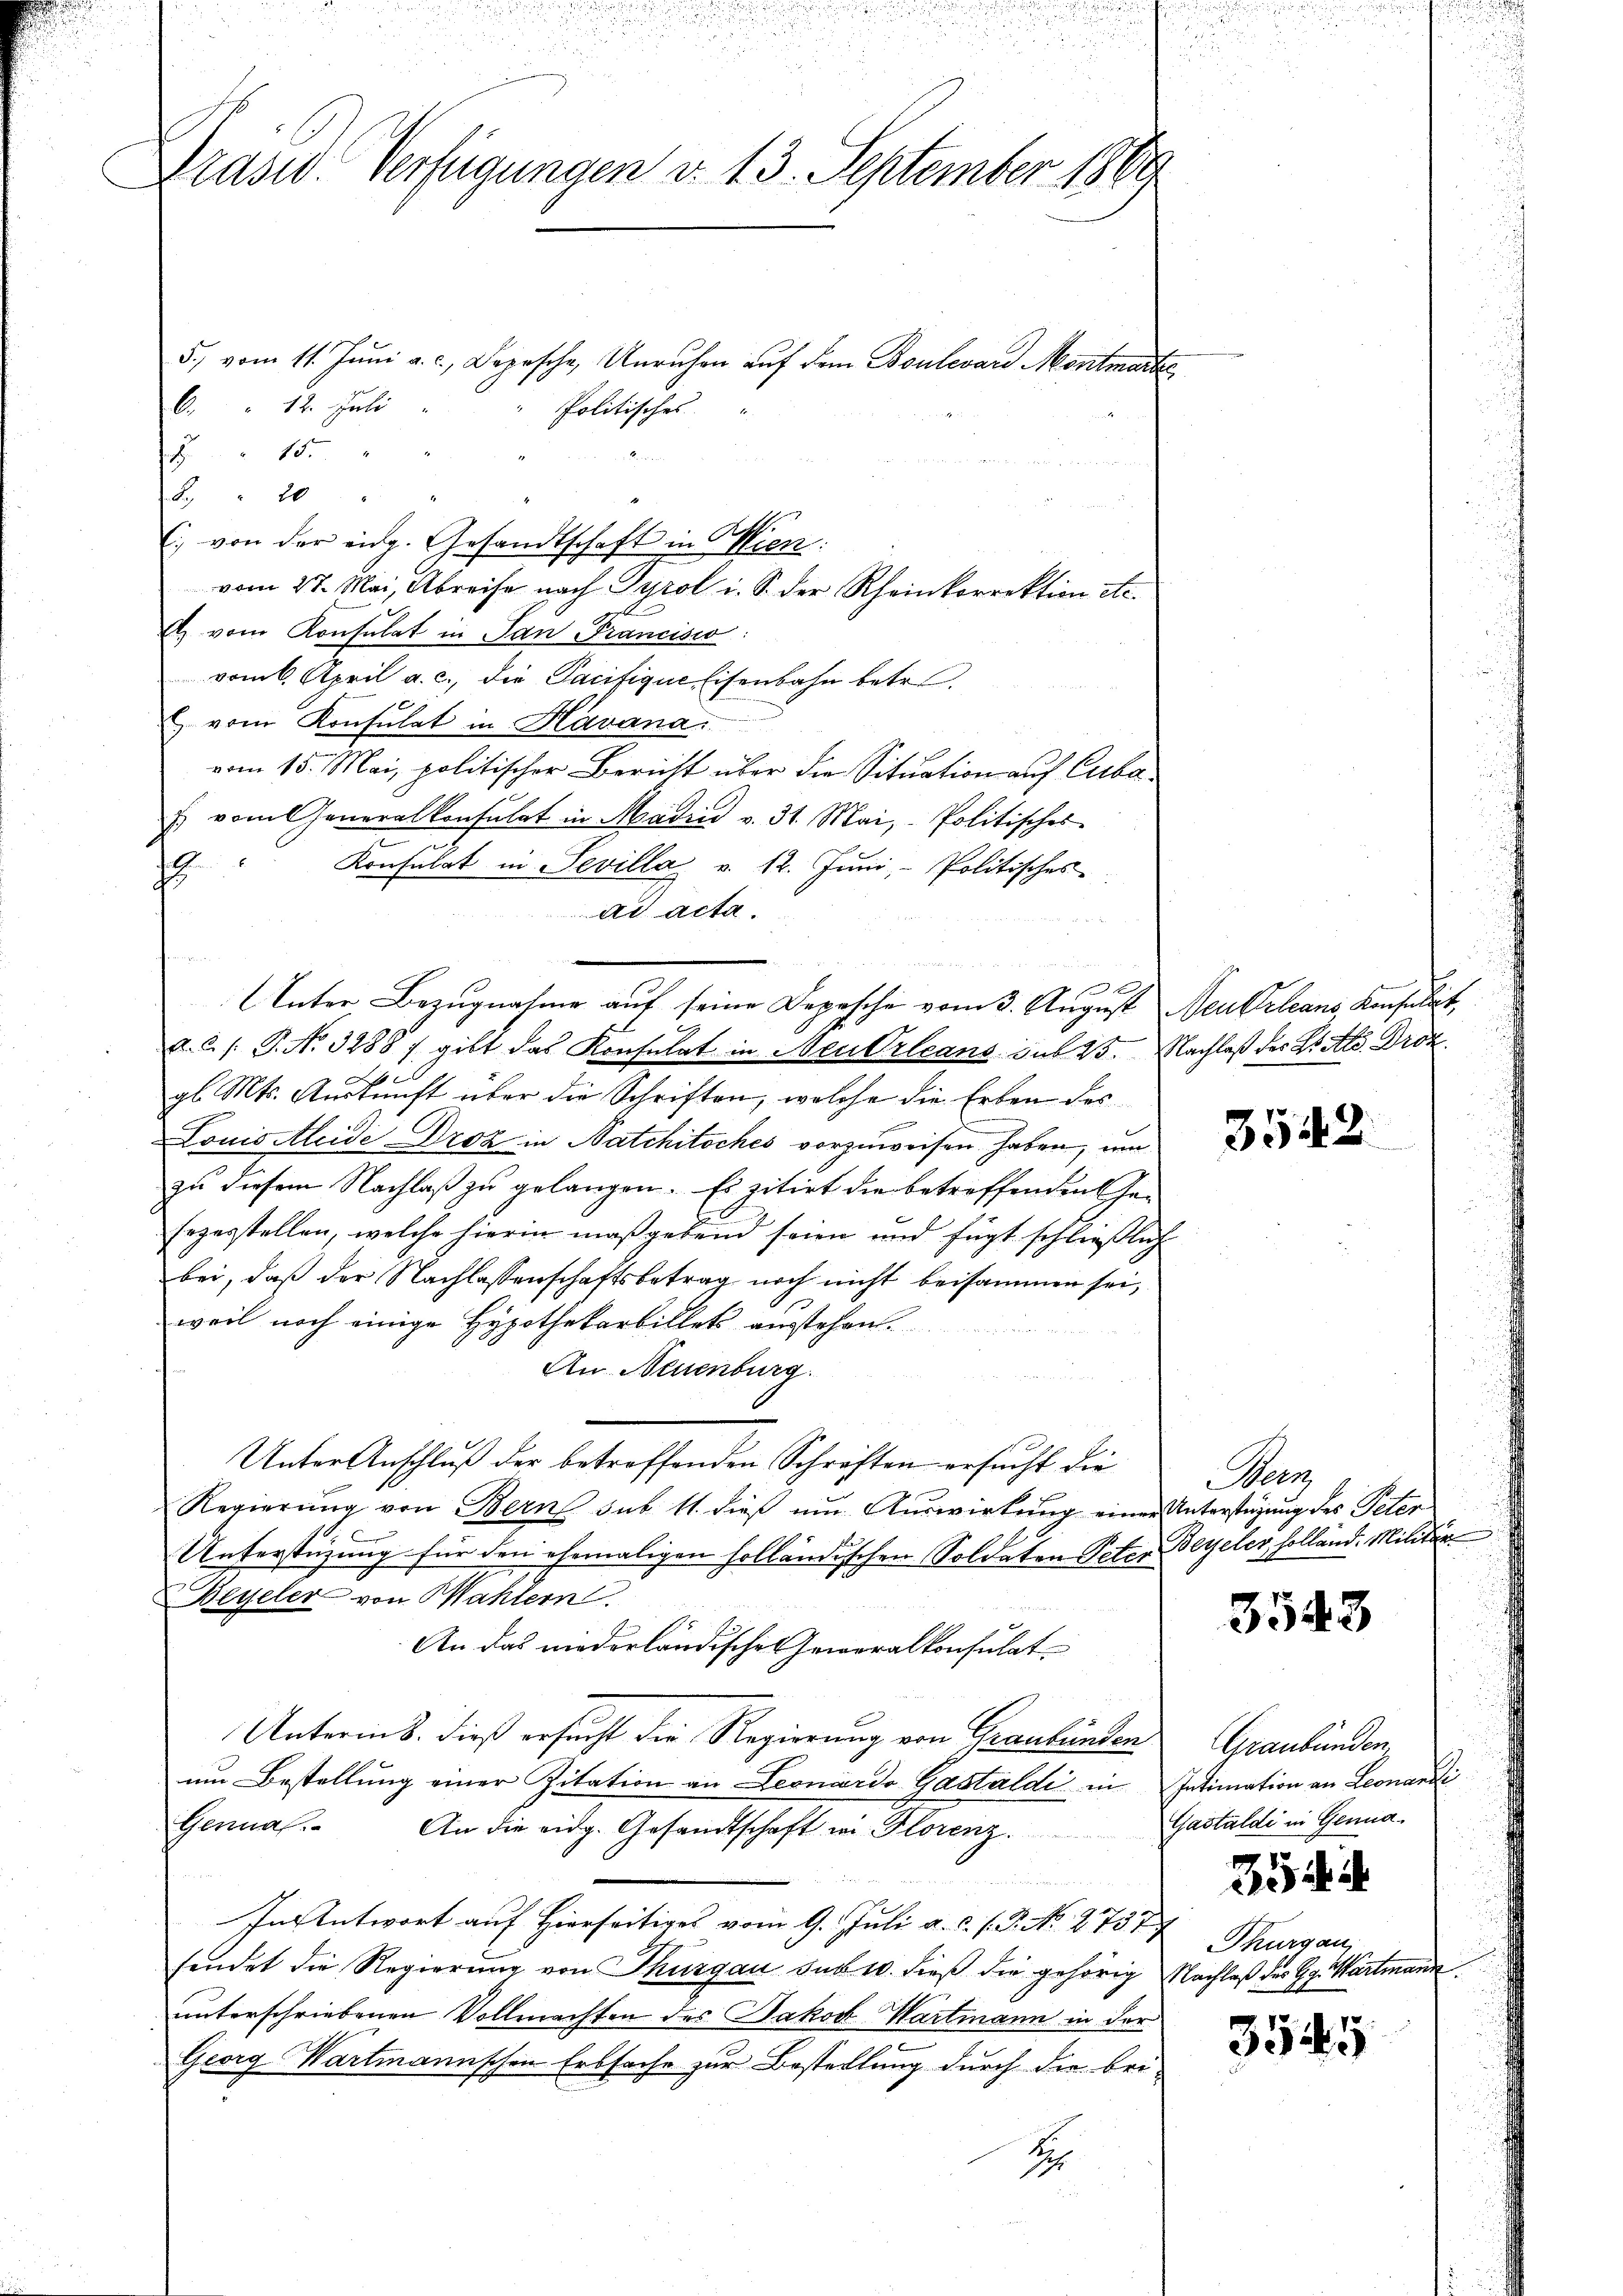
¬
Prasiv. Verfügungen d. 13. September 1869

5., vom 11. Jŭni a. c. Depesche Unruhen auf dem Boulevard Montmarte
6. " 12. Juli
Politisches
 15.
B. 20
vom 27. Mai, Abreise nach Gyrol i. S. der Rheinkorrektion etc.
E. vom Konsulat in San Francisio:
vom 6. April a. c. die Pacifique Eisenbahn betr.
 vom Konsulat in Havana
vom 15. Mai, politischer Bericht über die Situation auf Cuba¬
 vom Generalkonsulat in Madin v. 31. Mai, Politisches
Konsulat in Sevilla v. 12. Juni, - Politisches
E
ad acta.
x
Unter Bezugnahme auf seine Depesche vom 3. August Neukrleans, Konsultat,
6/. P. No. 3288 / gibt das Konsulat in Neu Orleans sub 25. Nachlaß des Ziels. Drok
d
gl. Mts. Auskunft über die Schriften, welche die Erben des
Louis leide Droz in Natchitsches vorzuweisen haben, um
zu diesem Nachlaß zu gelangen. Es zitirt die betreffenden Gesezerstellen, welche hierin maßgebend seien und fügt schließlich
bei, daß der Nachlassenschaftsbetrag noch nicht beisammen sei,
weil noch einige Hypothekarbillets anstehen.
An Neuenburg
Unter Anschluß der betreffenden Schriften ersucht die
Regierung von Bern sub 11. dieß um Auswirkung einer Unterstüzung des Peter
Unterstüzung für den ehemaligen holländischen Soldaten Peter Beyeler, holländ. Militär
Beyeler von Wahlern.
An das niederländische Geweralkonsulat
Unterm 8. dieß ersucht die Regierung von Graubünden
um Bestellung einer Zitation an Leonardo Gastaldi in Intimation an Leonardi
Genna. An die eidg. Gesandtschaft in Florenz.
 mindet werden,
In Antwort auf Hierseitiges vom 9. Juli a. c. f. P. No 2757
fendet die Regierŭng von Thurgau das 10. dieβ die gehörig Nachlaß des Gg. Wartmann
unterschriebenen Vollmachten des Jakob Wartmann in der
Georg Wartmannschen Erbsache zur Bestellung durch die bei-
S

E. von der eidg. Gesandtschaft in Wien

e

3542.

Neer

3548

Graubünden.
Gastaldi in Genua

354 d

Thurgau,

3545